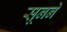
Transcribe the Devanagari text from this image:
सूनने